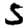
Digit: 5